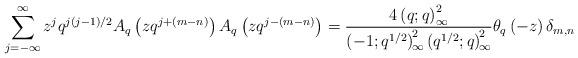
LaTeX: \begin{align*} \sum_{j=-\infty}^{\infty}z^{j}q^{j(j-1)/2}A_{q}\left(zq^{j+(m-n)}\right)A_{q}\left(zq^{j-(m-n)}\right)= \frac{4\left(q;q\right)_{\infty}^{2}}{\left(-1;q^{1/2}\right)_{\!\infty}^{\!2}\left(q^{1/2};q\right)_{\!\infty}^{\!2}}\theta_{q}\left(-z\right)\delta_{m,n} \end{align*}